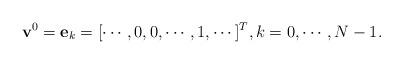
LaTeX: \begin{align*}\mathbf{v}^{0}=\mathbf{e}_{k}=[\cdots, 0, 0, \cdots, 1, \cdots ]^{T}, k=0,\cdots,N-1.\end{align*}